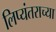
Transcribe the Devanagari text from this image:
लिप्यंतराच्या